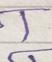
Signature authenticity: forged